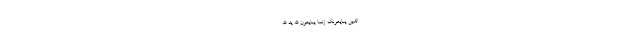
الَّذِينَ يُبَايِعُونَكَ إِنَّمَا يُبَايِعُونَ اللَّهَ يَدُ اللَّهِ